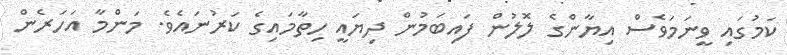
ކަމުގައި ވީނަމަވެސް އިޔާންގެ ލޮލުން ފައިބަމުން ދިޔައީ ހިތާމައިގެ ކަރުނައެވެ. މަންމާ އަހަރެން